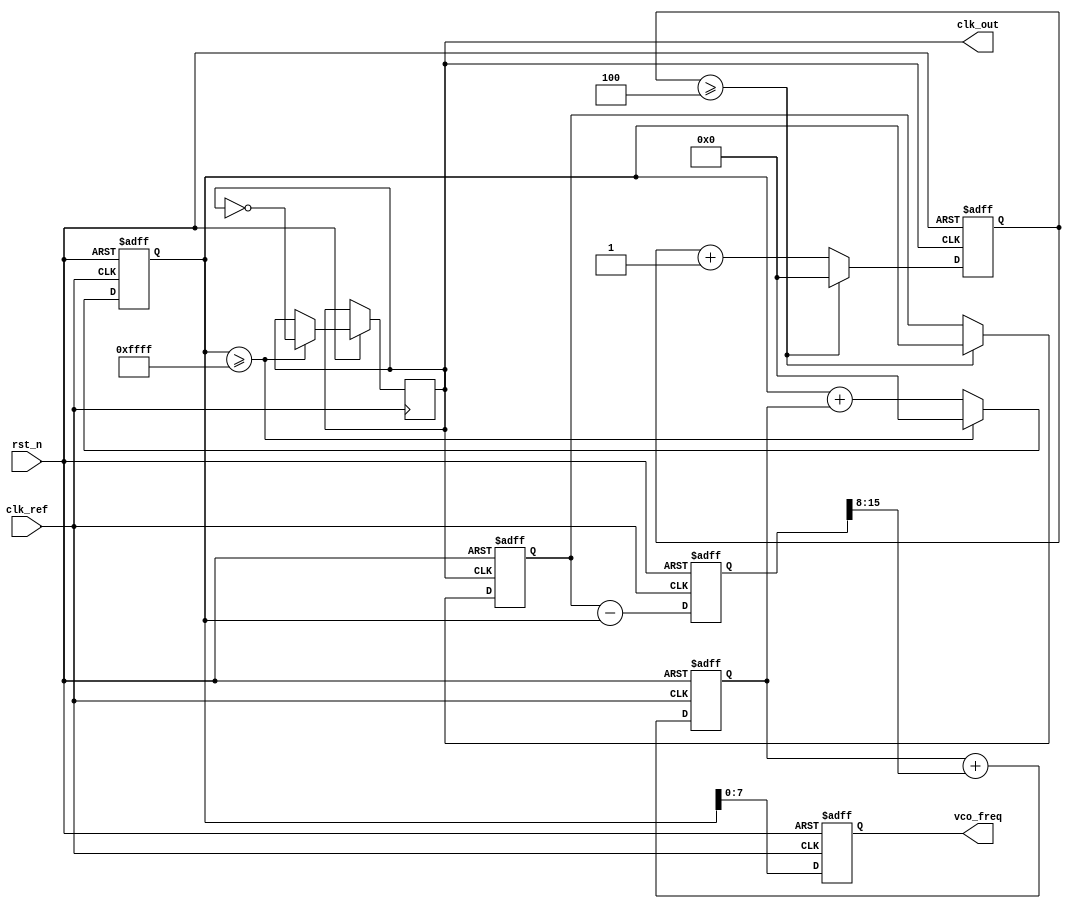
module frac_n_pll (
    input wire clk_ref,          // Reference clock input
    input wire rst_n,            // Active low reset
    output reg clk_out,          // Output clock
    output reg [7:0] vco_freq    // VCO frequency output (for monitoring)
);

    // Parameters
    parameter N = 4;             // Integer division factor
    parameter M = 3;             // Fractional division factor
    parameter LOOP_FILTER_GAIN = 8; // Gain for loop filter

    // Internal signals
    reg [15:0] phase_error;      // Phase error signal
    reg [15:0] control_voltage;   // Control voltage for VCO
    reg [15:0] vco_counter;       // VCO counter
    reg [15:0] divider_counter;   // Frequency divider counter
    reg [15:0] loop_filter;       // Loop filter output
    reg [15:0] feedback;          // Feedback signal from divider

    // Phase Detector (PD)
    always @(posedge clk_ref or negedge rst_n) begin
        if (!rst_n) begin
            phase_error <= 0;
        end else begin
            // Simple phase error calculation (for demonstration)
            phase_error <= feedback - vco_counter;
        end
    end

    // Loop Filter (simple first-order)
    always @(posedge clk_ref or negedge rst_n) begin
        if (!rst_n) begin
            loop_filter <= 0;
        end else begin
            loop_filter <= loop_filter + (phase_error >> LOOP_FILTER_GAIN);
        end
    end

    // Voltage-Controlled Oscillator (VCO)
    always @(posedge clk_ref or negedge rst_n) begin
        if (!rst_n) begin
            vco_counter <= 0;
            vco_freq <= 0;
        end else begin
            // Update VCO frequency based on control voltage
            vco_counter <= vco_counter + loop_filter;
            if (vco_counter >= 16'hFFFF) begin
                vco_counter <= 0;
                clk_out <= ~clk_out; // Toggle output clock
            end
            vco_freq <= vco_counter; // Monitor VCO frequency
        end
    end

    // Frequency Divider
    always @(posedge clk_out or negedge rst_n) begin
        if (!rst_n) begin
            divider_counter <= 0;
            feedback <= 0;
        end else begin
            divider_counter <= divider_counter + 1;
            if (divider_counter >= N) begin
                divider_counter <= 0;
                feedback <= vco_counter; // Feedback to phase detector
            end
        end
    end

endmodule